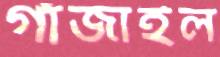
গাঁজাইল